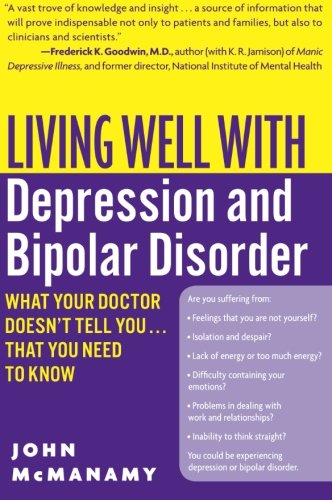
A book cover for Living Well with Depression and Bipolar Disorder: What Your Doctor Doesn't Tell You...That You Need to Know (Living Well (Collins)); John McManamy; Health, Fitness & Dieting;